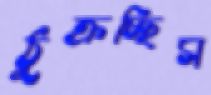
ঠুক্‌রচ্ছিস